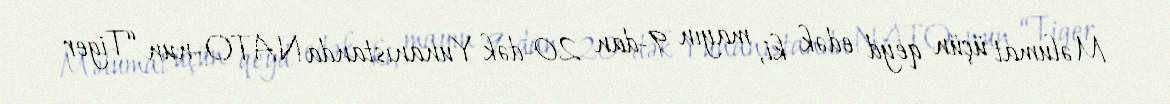
Məlumat üçün qeyd edək ki, mayın 9-dan 20-dək Yunanıstanda NATO-nun “Tiger